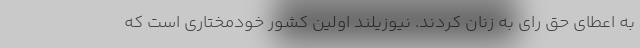
به اعطای حق رای به زنان کردند. نیوزیلند اولین کشور خودمختاری است که